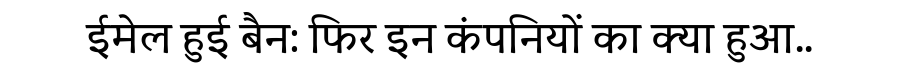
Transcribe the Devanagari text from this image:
ईमेल हुई बैन: फिर इन कंपनियों का क्या हुआ..